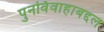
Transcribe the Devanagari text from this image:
पुनर्विवाहाबद्दल